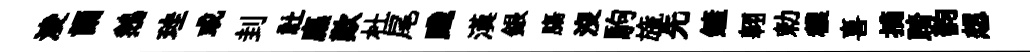
淩誦鵝珪或刲社廡歎杜尾踐漢銀膓没駒旒先鏟翱勅穠喜摘踏韵想